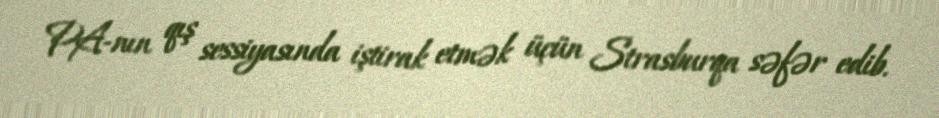
PA-nın qış sessiyasında iştirak etmək üçün Strasburqa səfər edib.